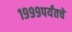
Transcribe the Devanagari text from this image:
१९९९पर्यंतचे